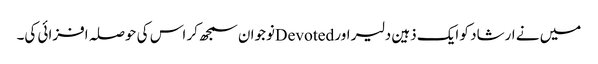
میں نے ارشاد کو ایک ذہین دلیر اور Devotedنوجوان سمجھ کر اس کی حوصلہ افزائی کی۔